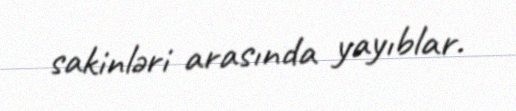
sakinləri arasında yayıblar.